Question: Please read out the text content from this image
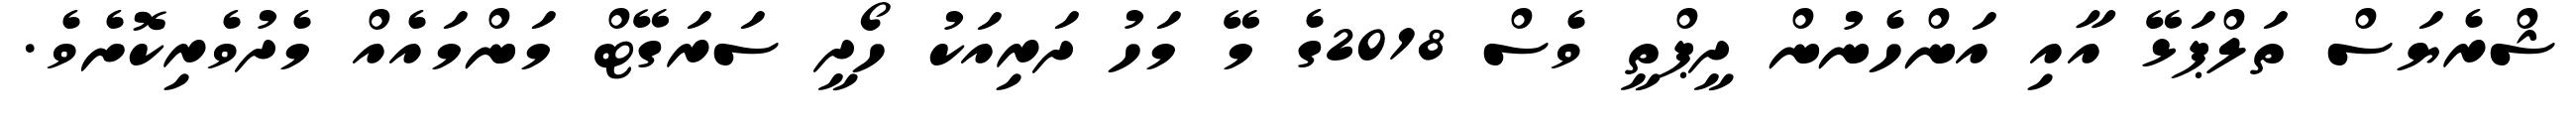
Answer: ޝްރެޔަސް ތަލްޕަޅޭ އާއި އަންހެނުން ދީޕްތީ ވެސް 2018ގެ މޭ މަހު ދަރިއަކު ހޯދީ ސަރަގޭޓް މަންމައެއް މެދުވެރިކޮށެވެ.